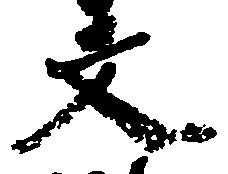
文